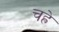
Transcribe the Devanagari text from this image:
चह्रे